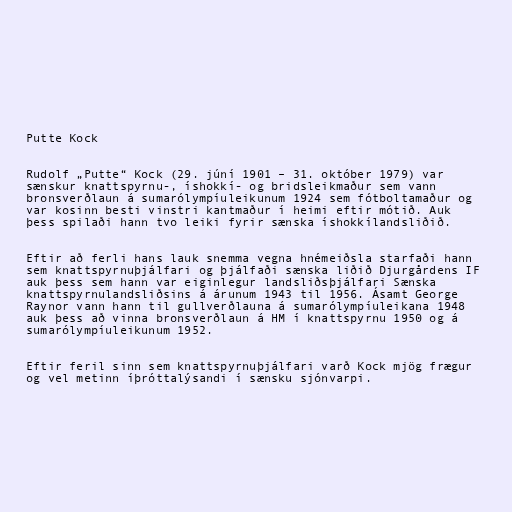
Putte Kock

Rudolf „Putte“ Kock (29. júní 1901 – 31. október 1979) var
sænskur knattspyrnu-, íshokkí- og bridsleikmaður sem vann
bronsverðlaun á sumarólympíuleikunum 1924 sem fótboltamaður og
var kosinn besti vinstri kantmaður í heimi eftir mótið. Auk
þess spilaði hann tvo leiki fyrir sænska íshokkílandsliðið.

Eftir að ferli hans lauk snemma vegna hnémeiðsla starfaði hann
sem knattspyrnuþjálfari og þjálfaði sænska liðið Djurgårdens IF
auk þess sem hann var eiginlegur landsliðsþjálfari Sænska
knattspyrnulandsliðsins á árunum 1943 til 1956. Ásamt George
Raynor vann hann til gullverðlauna á sumarólympíuleikana 1948
auk þess að vinna bronsverðlaun á HM í knattspyrnu 1950 og á
sumarólympíuleikunum 1952.

Eftir feril sinn sem knattspyrnuþjálfari varð Kock mjög frægur
og vel metinn íþróttalýsandi í sænsku sjónvarpi.